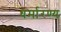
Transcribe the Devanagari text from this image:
धर्मारण्य